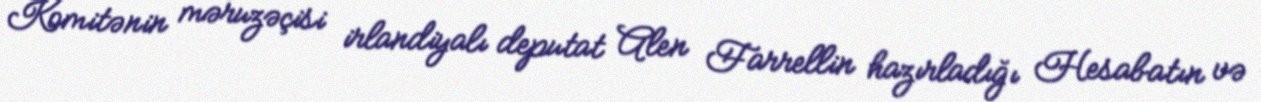
Komitənin məruzəçisi irlandiyalı deputat Alen Farrellin hazırladığı Hesabatın və